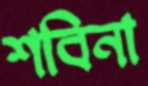
শবিনা